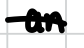
Text: an
Cross-out: single-line
Writing tool: digital_black